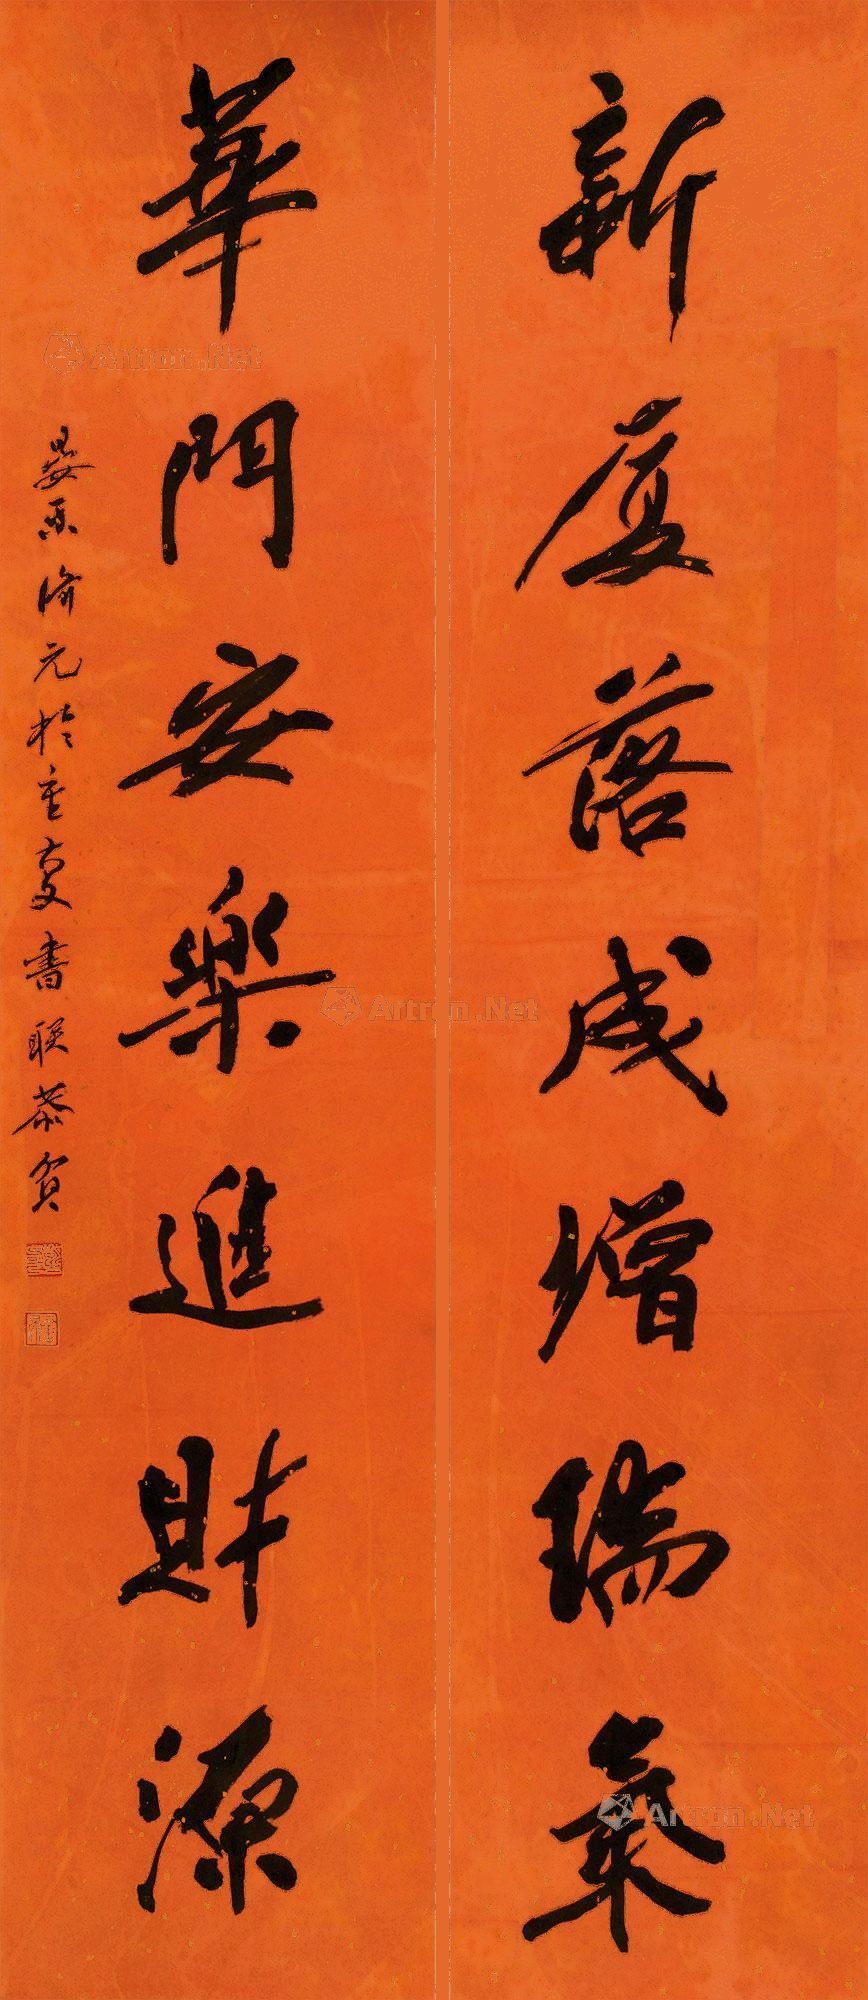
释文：新厦落成增瑞气，华门安乐进财源。晏平济元于重庆书联恭写。